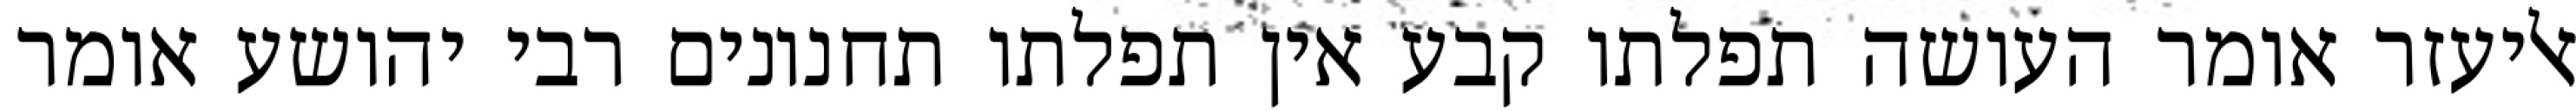
אליעזר אומר העושה תפלתו קבע אין תפלתו תחנונים רבי יהושע אומר